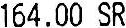
164.00 SR